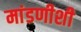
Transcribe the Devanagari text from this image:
मांडणीशी